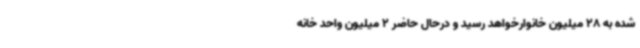
شده به 28 میلیون خانوارخواهد رسید و درحال حاضر 2 میلیون واحد خانه